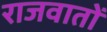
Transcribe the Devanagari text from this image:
राजवातों